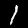
Label: 1